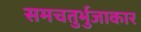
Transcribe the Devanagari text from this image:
समचतुर्भुजाकार